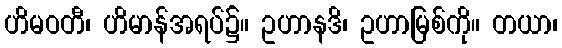
ဟိမဝတီ၊ ဟိမာန်အရပ်၌။ ဥဟာနဒိ၊ ဥဟာမြစ်ကို။ တယာ၊